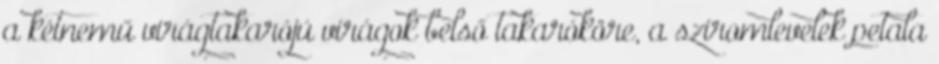
a kétnemű virágtakarójú virágok belső takaróköre, a sziromlevelek petala